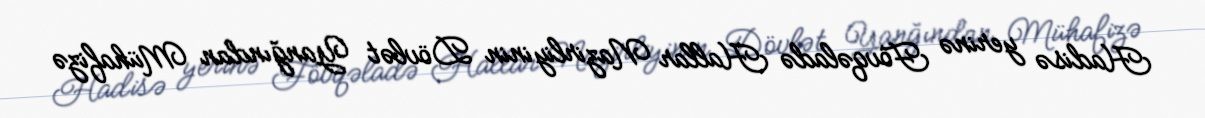
Hadisə yerinə Fövqəladə Hallar Nazirliyinin Dövlət Yanğından Mühafizə